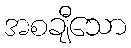
အစချီသော